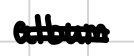
Text: album
Cross-out: double-line
Writing tool: digital_black